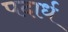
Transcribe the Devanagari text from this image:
पदार्ध